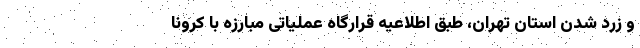
و زرد شدن استان تهران، طبق اطلاعیه قرارگاه عملیاتی مبارزه با کرونا